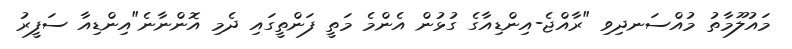
މައުލޫމާތު މުއްސަނދިވި "ރާއްޖެ-އިންޑިއާގެ ގުޅުން އެންމެ މަތީ ފަންތީގައި ދެމި އޮންނާނެ"އިންޑިއާ ސަފީރު